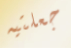
جعلتيه